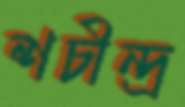
শচীন্দ্র